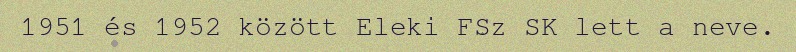
1951 és 1952 között Eleki FSz SK lett a neve.